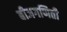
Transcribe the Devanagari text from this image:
बीजगणिती